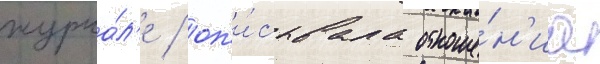
журна́л'е / оп'и́сывала отноше́н'иа